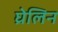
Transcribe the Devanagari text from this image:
घ्रेलिन